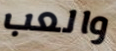
والعب